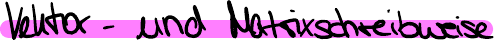
Vektor - und Matrixschreibweise